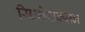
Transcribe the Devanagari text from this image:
सिओराक्सन